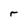
Character: r